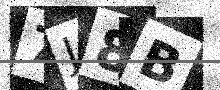
Text: 7J8B